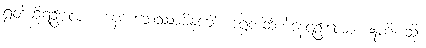
ရွတ်ဆိုရဦးလော့။ နေကထေဿာမိနုခေါ၊ အရွတ်ဆိုဘဲနေရဦးလော။ ဣတိ၊ သို့။